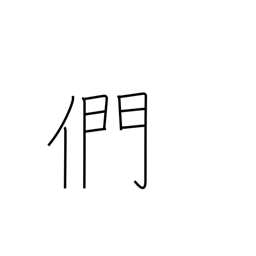
Meaning: plural suffix